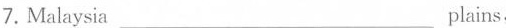
7.Malaysia___plains,